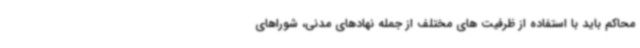
محاکم باید با استفاده از ظرفیت های مختلف از جمله نهادهای مدنی، شوراهای